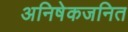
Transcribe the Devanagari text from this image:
अनिषेकजनित